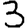
Digit: 3